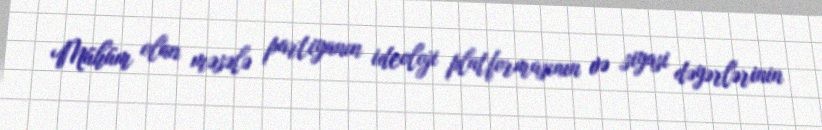
Mühüm olan məsələ partiyanın ideoloji platformasının və siyasi dəyərlərinin